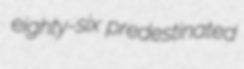
eighty-six predestinated